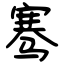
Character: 骞